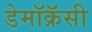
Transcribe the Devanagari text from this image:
डेमॉक्रॅसी